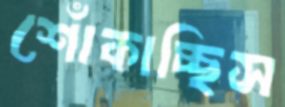
শোঁকাচ্ছিস